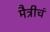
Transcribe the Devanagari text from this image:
मैत्रीचं